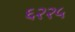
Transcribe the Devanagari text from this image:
६२२५